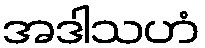
အဒါသဟံ